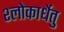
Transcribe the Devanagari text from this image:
श्लोकार्धेतु